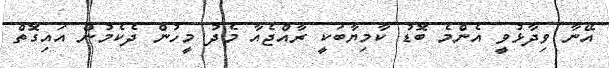
އޭނާ ވިދާޅުވީ އެންމެ ބޮޑު ކާމިޔާބަކީ ރާއްޖެއާ މެދު މީހުން ދެކެމުން އައިގޮތް